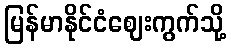
မြန်မာနိုင်ငံဈေးကွက်သို့